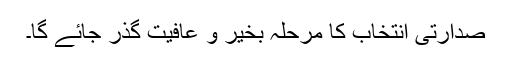
صدارتی انتخاب کا مرحلہ بخیر و عافیت گذر جائے گا۔